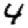
Digit: 4